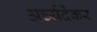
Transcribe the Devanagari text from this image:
अर्घ्यदेकर